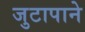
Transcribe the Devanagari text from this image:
जुटापाने